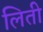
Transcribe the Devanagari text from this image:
लिती